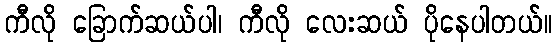
ကီလို ခြောက်ဆယ်ပါ၊ ကီလို လေးဆယ် ပိုနေပါတယ်။